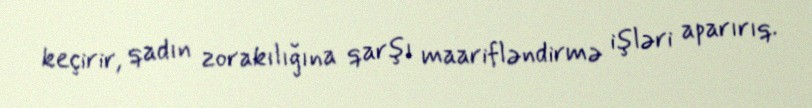
keçirir, qadın zorakılığına qarşı maarifləndirmə işləri aparırıq.